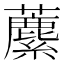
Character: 𧃧